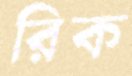
রিক